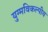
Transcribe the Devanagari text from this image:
युग्मविकल्पीय